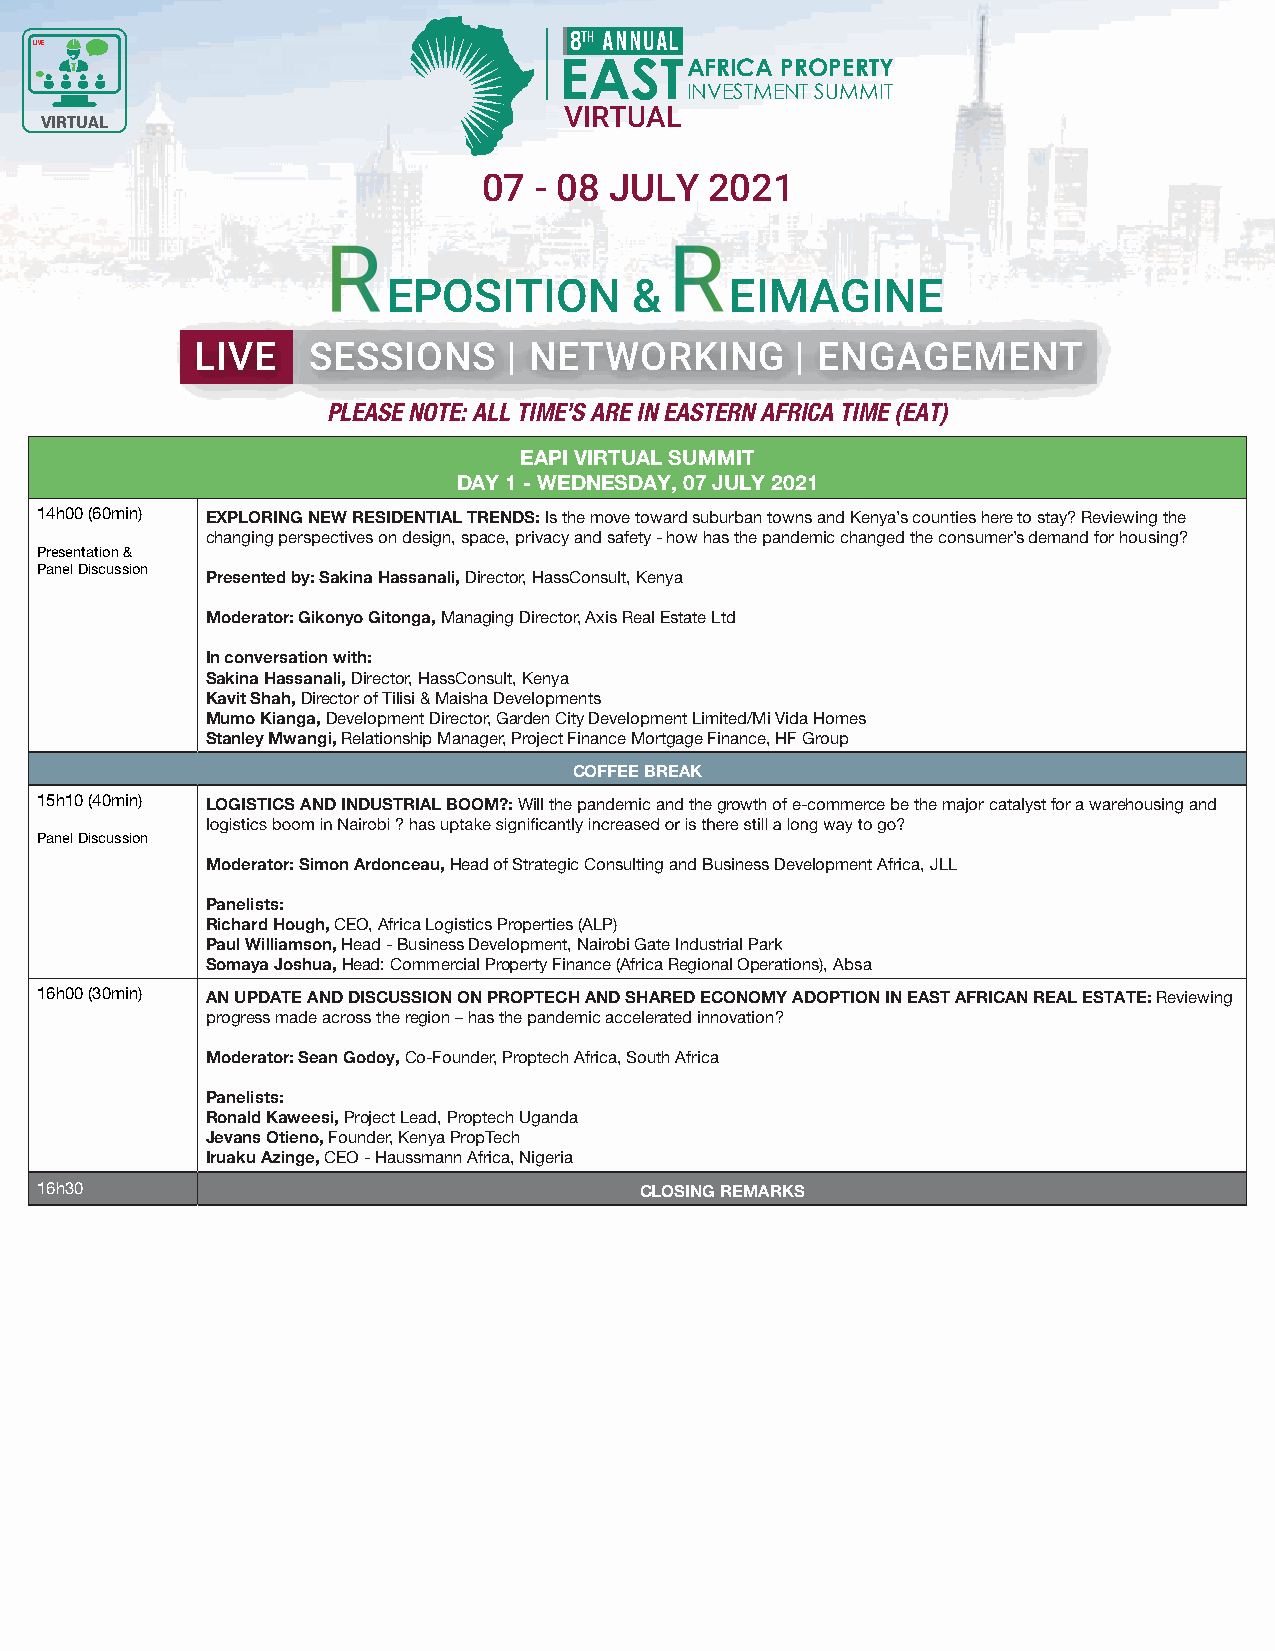
8 ANNUAL
 live
 AFRICA PROPERTY
 INVESTMENT SUMMIT
 VIRTUAL
 VIRTUAL
 07 - 08 JULY   2021
 EPOSITION       &     EIMAGINE
 LIVE   SESSIONS      | NETWORKING       | ENGAGEMENT
 PLEASE NOTE: ALL TIME’S ARE IN EASTERN AFRICA TIME (EAT)
 EAPI VIRTUAL SUMMIT
 DAY 1 - WEDNESDAY, 07 JULY 2021
 14h00 (60min) EXPLORING NEW RESIDENTIAL TRENDS: Is the move toward suburban towns and Kenya’s counties here to stay? Reviewing the
 changing perspectives on design, space, privacy and safety - how has the pandemic changed the consumer’s demand for housing?
 Presentation &
 Panel Discussion
 Presented by: Sakina Hassanali, Director, HassConsult, Kenya
 Moderator: Gikonyo Gitonga, Managing Director, Axis Real Estate Ltd
 In conversation with:
 Sakina Hassanali, Director, HassConsult, Kenya
 Kavit Shah, Director of Tilisi & Maisha Developments
 Mumo Kianga, Development Director, Garden City Development Limited/Mi Vida Homes
 Stanley Mwangi, Relationship Manager, Project Finance Mortgage Finance, HF Group
 COFFEE BREAK
 15h10 (40min) LOGISTICS AND INDUSTRIAL BOOM?: Will the pandemic and the growth of e-commerce be the major catalyst for a warehousing and
 Panel Discussion
 Moderator: Simon Ardonceau, Head of Strategic Consulting and Business Development Africa, JLL
 Panelists:
 Richard Hough, CEO, Africa Logistics Properties (ALP)
 Paul Williamson, Head - Business Development, Nairobi Gate Industrial Park
 Somaya Joshua, Head: Commercial Property Finance (Africa Regional Operations), Absa
 16h00 (30min) AN UPDATE AND DISCUSSION ON PROPTECH AND SHARED ECONOMY ADOPTION IN EAST AFRICAN REAL ESTATE: Reviewing
 progress made across the region – has the pandemic accelerated innovation?
 Moderator: Sean Godoy, Co-Founder, Proptech Africa, South Africa
 Panelists:
 Ronald Kaweesi, Project Lead, Proptech Uganda
 Jevans Otieno, Founder, Kenya PropTech
 Iruaku Azinge, CEO - Haussmann Africa, Nigeria
 16h30                                   CLOSING REMARKS